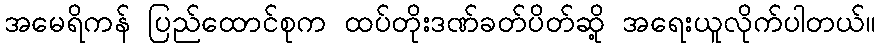
အမေရိကန် ပြည်ထောင်စုက ထပ်တိုးဒဏ်ခတ်ပိတ်ဆို့ အရေးယူလိုက်ပါတယ်။